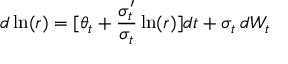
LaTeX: d \ln ( r ) = [ \theta _ { t } + { \frac { \sigma _ { t } ^ { \prime } } { \sigma _ { t } } } \ln ( r ) ] d t + \sigma _ { t } \, d W _ { t }